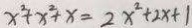
x ^ { 2 } + x ^ { 2 } + x = 2 x ^ { 2 } + 2 x + 1